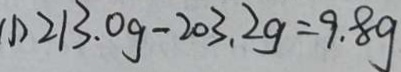
( 1 ) 2 1 3 . 0 g - 2 0 3 . 2 g = 9 . 8 g